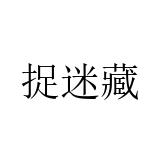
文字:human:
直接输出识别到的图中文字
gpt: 捉迷藏